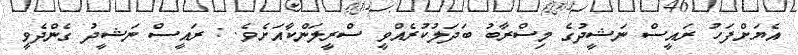
އެޔަށްފަހު ރައީސް ނަޝީދުގެ މިސްރާބު ބަދަލުކުރެއްވީ ސްރީލަންކާއަށެވެ. : ރައީސް ނަޝީދު ގެންދެވީ